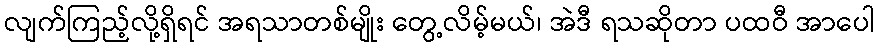
လျက်ကြည့်လို့ရှိရင် အရသာတစ်မျိုး တွေ့လိမ့်မယ်၊ အဲဒီ ရသဆိုတာ ပထဝီ အာပေါ